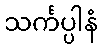
သင်္ကပ္ပါနံ